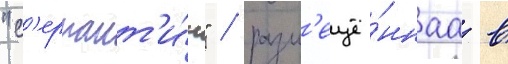
"с'ерпант'и́н" / разм'ещё́ннаа в